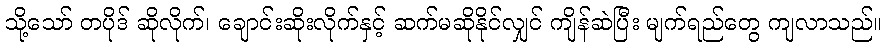
သို့သော် တပိုဒ် ဆိုလိုက်၊ ချောင်းဆိုးလိုက်နှင့် ဆက်မဆိုနိုင်လျှင် ကျိန်ဆဲပြီး မျက်ရည်တွေ ကျလာသည်။